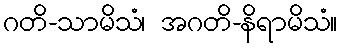
ဂတိ-သာမိသံ၊ အဂတိ-နိရာမိသံ။